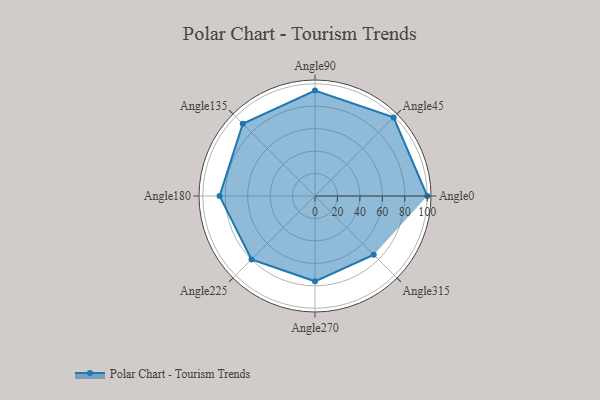
{"axis": {"x": "Angle", "y": "Radius"}, "legend": [""], "data": [{"x": "Angle0", "y": 100.0, "type": ""}, {"x": "Angle45", "y": 99.0, "type": ""}, {"x": "Angle90", "y": 94.0, "type": ""}, {"x": "Angle135", "y": 91.0, "type": ""}, {"x": "Angle180", "y": 85.0, "type": ""}, {"x": "Angle225", "y": 80.0, "type": ""}, {"x": "Angle270", "y": 76.0, "type": ""}, {"x": "Angle315", "y": 74.0, "type": ""}]}